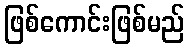
ဖြစ်ကောင်းဖြစ်မည်